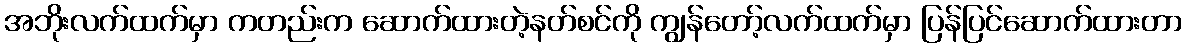
အဘိုးလက်ထက်မှာ ကတည်းက ဆောက်ထားတဲ့နတ်စင်ကို ကျွန်တော့်လက်ထက်မှာ ပြန်ပြင်ဆောက်ထားတာ